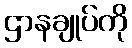
ဌာနချုပ်ကို